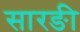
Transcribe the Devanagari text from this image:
सारङी